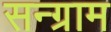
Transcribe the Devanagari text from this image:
सन्ग्राम